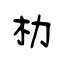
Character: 朸